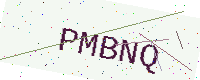
Text: PMBNQ